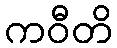
ကဝီတိ